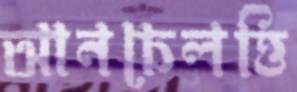
আনচেলত্তি